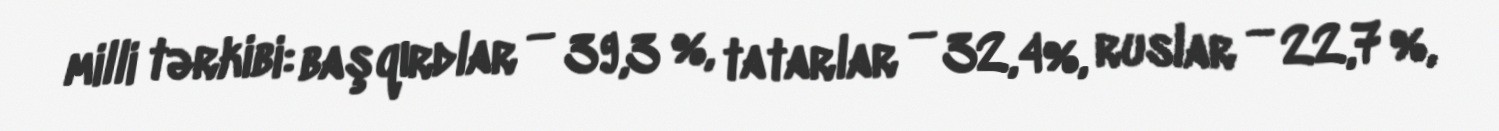
milli tərkibi: başqırdlar — 39,3 %, tatarlar — 32,4%, ruslar — 22,7 %,